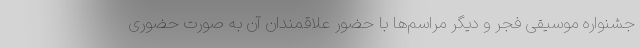
جشنواره موسیقی فجر و دیگر مراسم‌ها با حضور علاقمندان آن به صورت حضوری